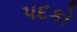
પદકો